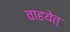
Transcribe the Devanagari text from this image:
वाहयेत्